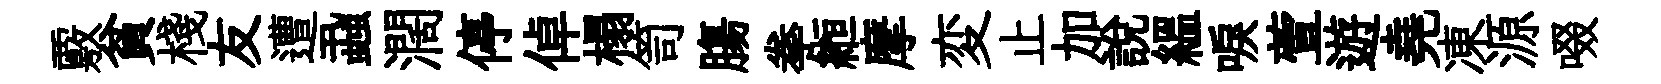
覈貧棧友遭蝨濶停倬榻笥膓拳縆摩変止加説緼唳萱遊堯凍源啜